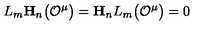
L _ { m } \mathbf { H } _ { n } \bigl ( { \cal O } ^ { \mu } \bigr ) = \mathbf { H } _ { n } L _ { m } \bigl ( { \cal O } ^ { \mu } \bigr ) = 0